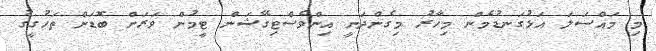
މި މައްސަލަ އަޅުގަނޑުމެން މިހާރު މިގެންދަނީ އިންވެސްޓިގޭޝަން ޓީމުން ވަރަށް ބޮޑަށް ތަހުގީގު